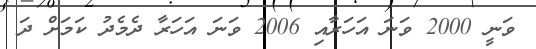
ވަނީ 2000 ވަނަ އަހަރާއި 2006 ވަނަ އަހަރާ ދެމެދު ކަމަށް ދަ